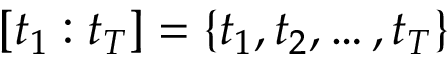
[ t _ { 1 } : t _ { T } ] = \{ t _ { 1 } , t _ { 2 } , \dots , t _ { T } \}